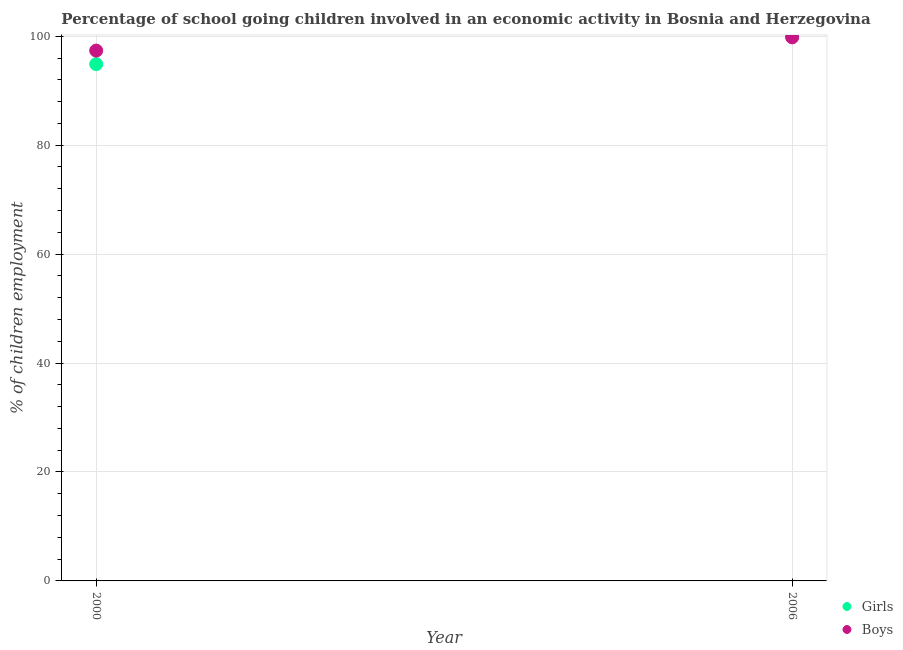
| Year | Girls | Boys |
 | --- | --- | --- |
 | 2000 | 94.9 | 97.4 |
 | 2006 | 100 | 99.8 |